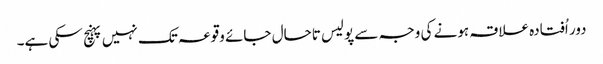
دور اُفتادہ علاقہ ہونے کی وجہ سے پولیس تاحال جائے وقوعہ تک نہیں پہنچ سکی ہے۔